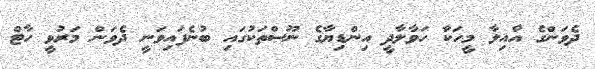
ދެވަންގެ އާއިލާ މީހަކާ ހަވާލާދީ އިންޑިޔާގެ ނޫސްތަކުގައި ބުނެފައިވަނީ ދެވަން މަރުވީ ހާޓް